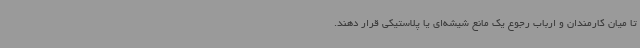
تا میان کارمندان و ارباب رجوع یک مانع شیشه‌ای یا پلاستیکی قرار دهند.